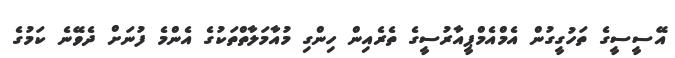
އޭސީސީގެ ތަހުގީގުން އެމްއެމްޕީއާރުސީގެ ތެރެއިން ހިންގި މުއާމަލާތްތަކުގެ އެންމެ ފުނަށް ދެވޭނެ ކަމުގެ